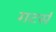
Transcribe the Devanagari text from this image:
गटर्स